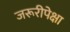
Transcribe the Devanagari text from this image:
जरूरीपेक्षा